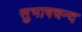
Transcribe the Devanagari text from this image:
सुभाषचन्द